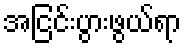
အငြင်းပွားဖွယ်ရာ